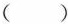
( )